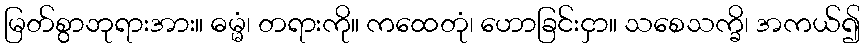
မြတ်စွာဘုရားအား။ ဓမ္မံ၊ တရားကို။ ကထေတုံ၊ ဟောခြင်းငှာ။ သစေသက္ခိ၊ အကယ်၍